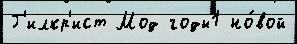
Г'илкр'ист Мод годы1 но́вой